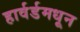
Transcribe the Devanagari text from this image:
हार्वर्डमधून